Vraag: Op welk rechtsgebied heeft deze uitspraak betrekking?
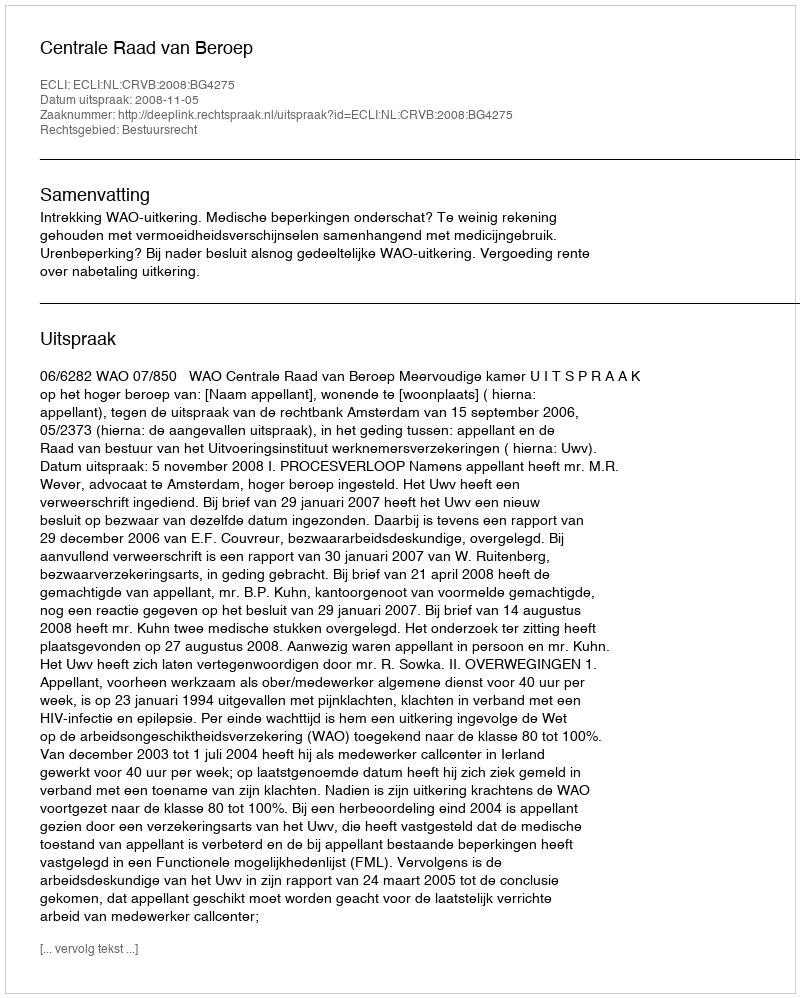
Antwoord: Bestuursrecht